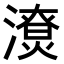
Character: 𣿳